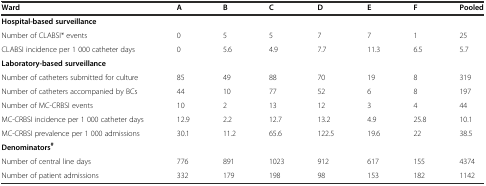
<table><thead><tr><td><b>Ward</b></td><td><b>A</b></td><td><b>B</b></td><td><b>C</b></td><td><b>D</b></td><td><b>E</b></td><td><b>F</b></td><td><b>Pooled</b></td></tr></thead><tbody><tr><td><b>Hospital-based surveillance</b></td><td></td><td></td><td></td><td></td><td></td><td></td><td></td></tr><tr><td>Number of CLABSI* events</td><td>0</td><td>5</td><td>5</td><td>7</td><td>7</td><td>1</td><td>25</td></tr><tr><td>CLABSI incidence per 1 000 catheter days</td><td>0</td><td>5.6</td><td>4.9</td><td>7.7</td><td>11.3</td><td>6.5</td><td>5.7</td></tr><tr><td><b>Laboratory-based surveillance</b></td><td></td><td></td><td></td><td></td><td></td><td></td><td></td></tr><tr><td>Number of catheters submitted for culture</td><td>85</td><td>49</td><td>88</td><td>70</td><td>19</td><td>8</td><td>319</td></tr><tr><td>Number of catheters accompanied by BCs</td><td>44</td><td>10</td><td>77</td><td>52</td><td>6</td><td>8</td><td>197</td></tr><tr><td>Number of MC-CRBSI events</td><td>10</td><td>2</td><td>13</td><td>12</td><td>3</td><td>4</td><td>44</td></tr><tr><td>MC-CRBSI incidence per 1 000 catheter days</td><td>12.9</td><td>2.2</td><td>12.7</td><td>13.2</td><td>4.9</td><td>25.8</td><td>10.1</td></tr><tr><td>MC-CRBSI prevalence per 1 000 admissions</td><td>30.1</td><td>11.2</td><td>65.6</td><td>122.5</td><td>19.6</td><td>22</td><td>38.5</td></tr><tr><td><b>Denominators</b><sup><b>#</b></sup></td><td></td><td></td><td></td><td></td><td></td><td></td><td></td></tr><tr><td>Number of central line days</td><td>776</td><td>891</td><td>1023</td><td>912</td><td>617</td><td>155</td><td>4374</td></tr><tr><td>Number of patient admissions</td><td>332</td><td>179</td><td>198</td><td>98</td><td>153</td><td>182</td><td>1142</td></tr></tbody></table>